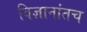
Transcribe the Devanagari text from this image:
विज्ञानांतच